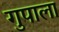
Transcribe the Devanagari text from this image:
गुपाला